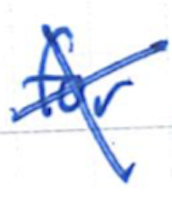
Text: for
Cross-out: cross
Writing tool: ballpoint